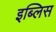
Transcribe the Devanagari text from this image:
इब्लिस